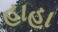
હાહા